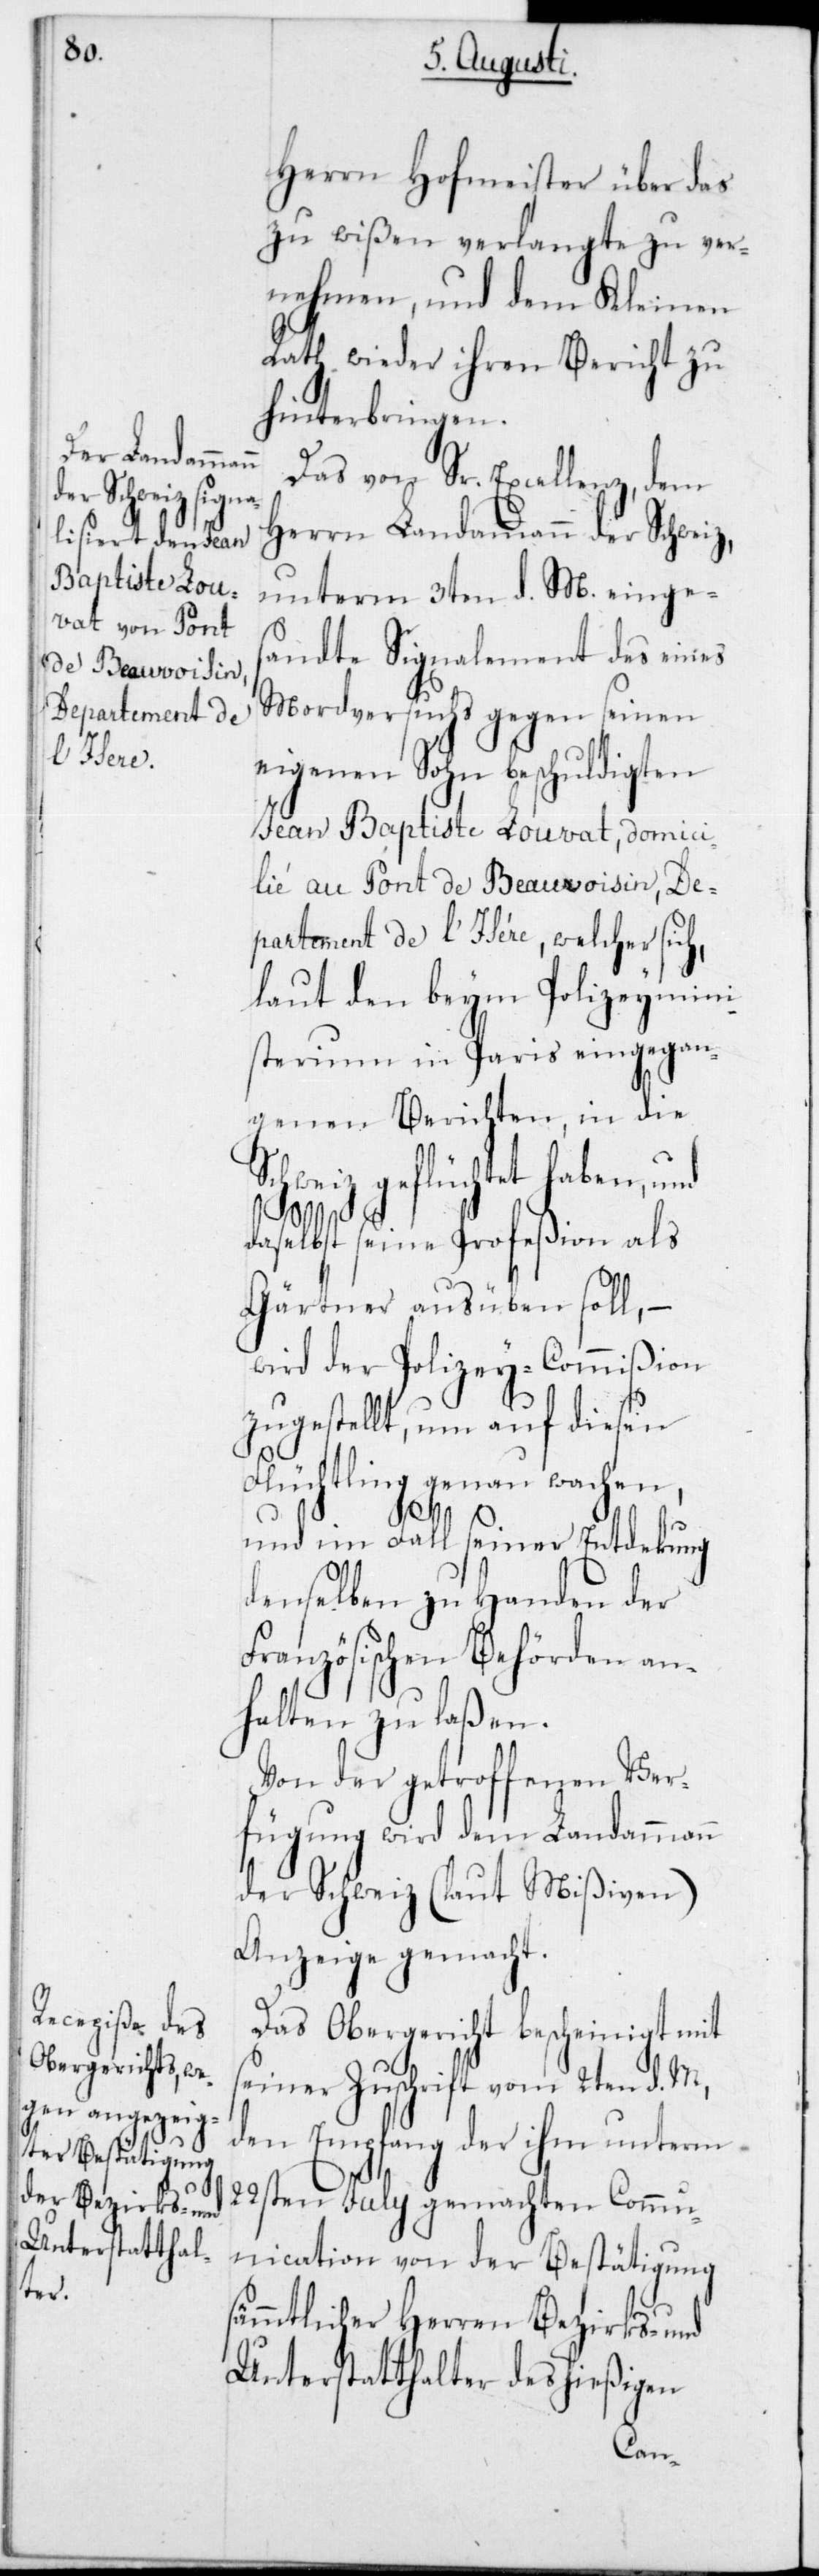
Herrn Hofmeister über das
zu wißen Verlangte zu ver¬
nehmen, und dem Kleinen
Rath wieder ihren Bericht zu
hinterbringen.
Das von Sr. Excellenz,dem
Herrn Landammann der Schweiz,
unterm 3ten d. M. einges¬
andte Signalement des eines
Mordversuchs gegen seinen
eigenen Sohn beschuldigten
Jean Baptiste Louvat, domici¬
lié au Pont de Beauvoisin, De¬
partement de l’Isère, welcher sich,
laut den beym Polizeymini¬
sterium in Paris eingegan¬
genen Berichten, in die
Schweiz geflüchtet haben, und
daselbst seine Profeßion als
Gärtner ausüben soll,
wird der Polizey-Commißion
zugestellt, um auf diesen
Flüchtling genau wachen,
und im Fall seiner Entdekung
denselben zu Handen der
Französischen Behörden an¬
halten zu laßen.
Von der getroffenen Ver¬
fügung wird dem Landammann
der Schweiz (laut Mißiven)
Anzeige gemacht.
Das Obergericht bescheiniget mit
seiner Zuschrift vom 2ten d. M.,
den Empfang der ihm unterm
22sten Julii gemachten Commu¬
nication von der Bestätigung
sämmtlicher Herren Bezirks- und
Unterstatthalter des hießigen